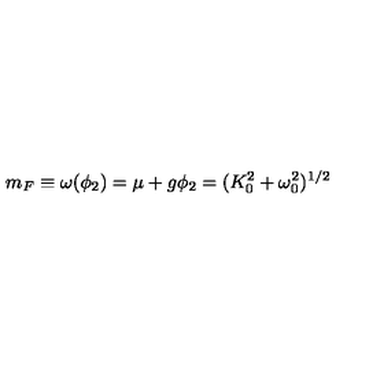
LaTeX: m _ { F } \equiv \omega ( \phi _ { 2 } ) = \mu + g \phi _ { 2 } = ( K _ { 0 } ^ { 2 } + \omega _ { 0 } ^ { 2 } ) ^ { 1 / 2 }